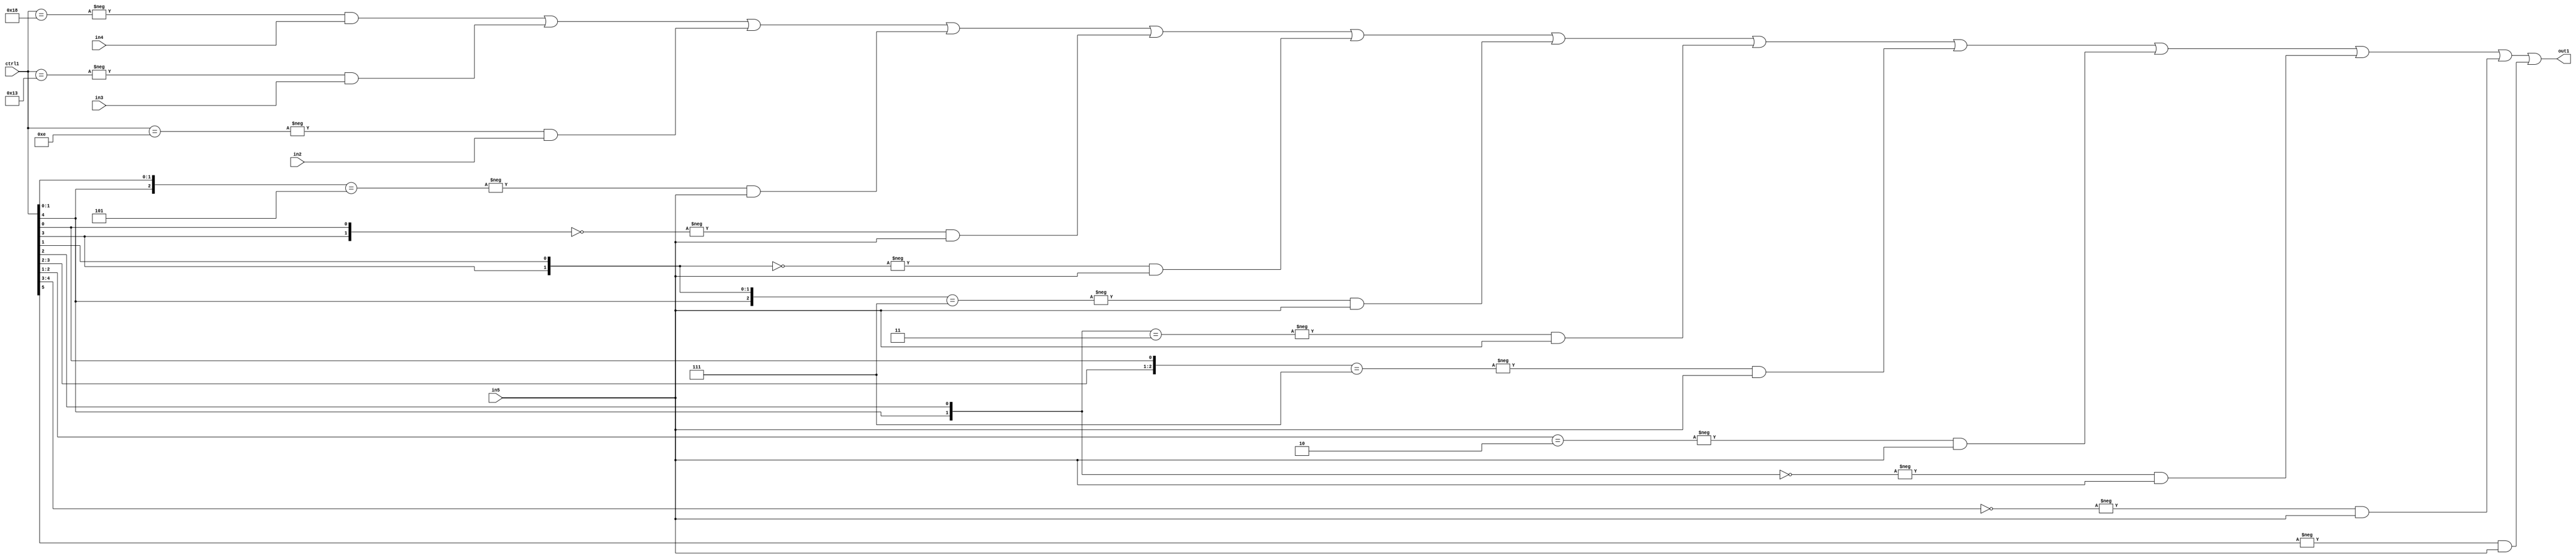
`timescale 1ps / 1ps
/*****************************************************************************
    Verilog RTL Description
    
    
    Created by: Stratus DpOpt 21.05.01 
*******************************************************************************/

module SobelFilter_N_Mux_32_4_26_1 (
	in5,
	in4,
	in3,
	in2,
	ctrl1,
	out1
	); /* architecture "behavioural" */ 
input [31:0] in5;
input [8:0] in4,
	in3,
	in2;
input [5:0] ctrl1;
output [31:0] out1;
wire [31:0] asc001;

assign asc001 = 
	-{ctrl1 == 6'B011000} & in4 |
	-{ctrl1 == 6'B010011} & in3 |
	-{ctrl1 == 6'B001110} & in2 |
	-{{ctrl1[4], ctrl1[1:0]} == 3'B101} & in5 |
	-{{ctrl1[3], ctrl1[0]} == 2'B00} & in5 |
	-{{ctrl1[3], ctrl1[1]} == 2'B00} & in5 |
	-{{ctrl1[4:3], ctrl1[1]} == 3'B111} & in5 |
	-{{ctrl1[4], ctrl1[2]} == 2'B11} & in5 |
	-{{ctrl1[3:2], ctrl1[0]} == 3'B111} & in5 |
	-{ctrl1[2:1] == 2'B10} & in5 |
	-{{ctrl1[4], ctrl1[2]} == 2'B00} & in5 |
	-{ctrl1[4:3] == 2'B00} & in5 |
	-{ctrl1[5] == 1'B1} & in5 ;

assign out1 = asc001;
endmodule

/* CADENCE  vLX3Tww= : u9/ySxbfrwZIxEzHVQQV8Q== ** DO NOT EDIT THIS LINE ******/